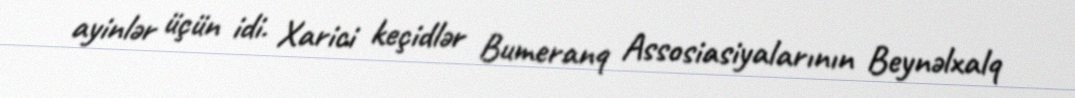
ayinlər üçün idi. Xarici keçidlər Bumeranq Assosiasiyalarının Beynəlxalq